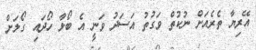
އޭރިޔާ ތެރެއަށް ނުކުތް ވަގުތު އަސަދު ވަނީ އެ ބޯޅާ ހޯދައި ގޯލަށް